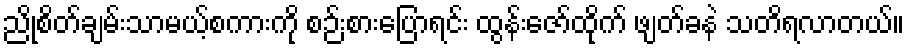
ညိုစိတ်ချမ်းသာမယ့်စကားကို စဉ်းစားပြောရင်း ထွန်းဇော်ထိုက် ဖျတ်ခနဲ သတိရလာတယ်။